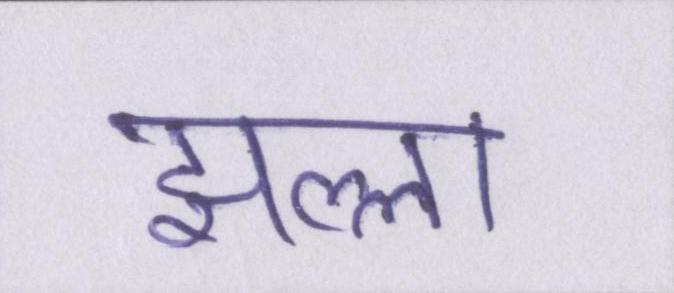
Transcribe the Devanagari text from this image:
झल्ला